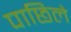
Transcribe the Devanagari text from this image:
पाछिले